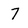
Character: 7